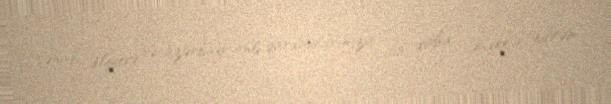
cənab Əliyevə və azərbaycanlı qardaşlarımıza bir daha təşəkkür edirəm.